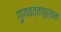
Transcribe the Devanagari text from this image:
गुणवत्तापूर्वक